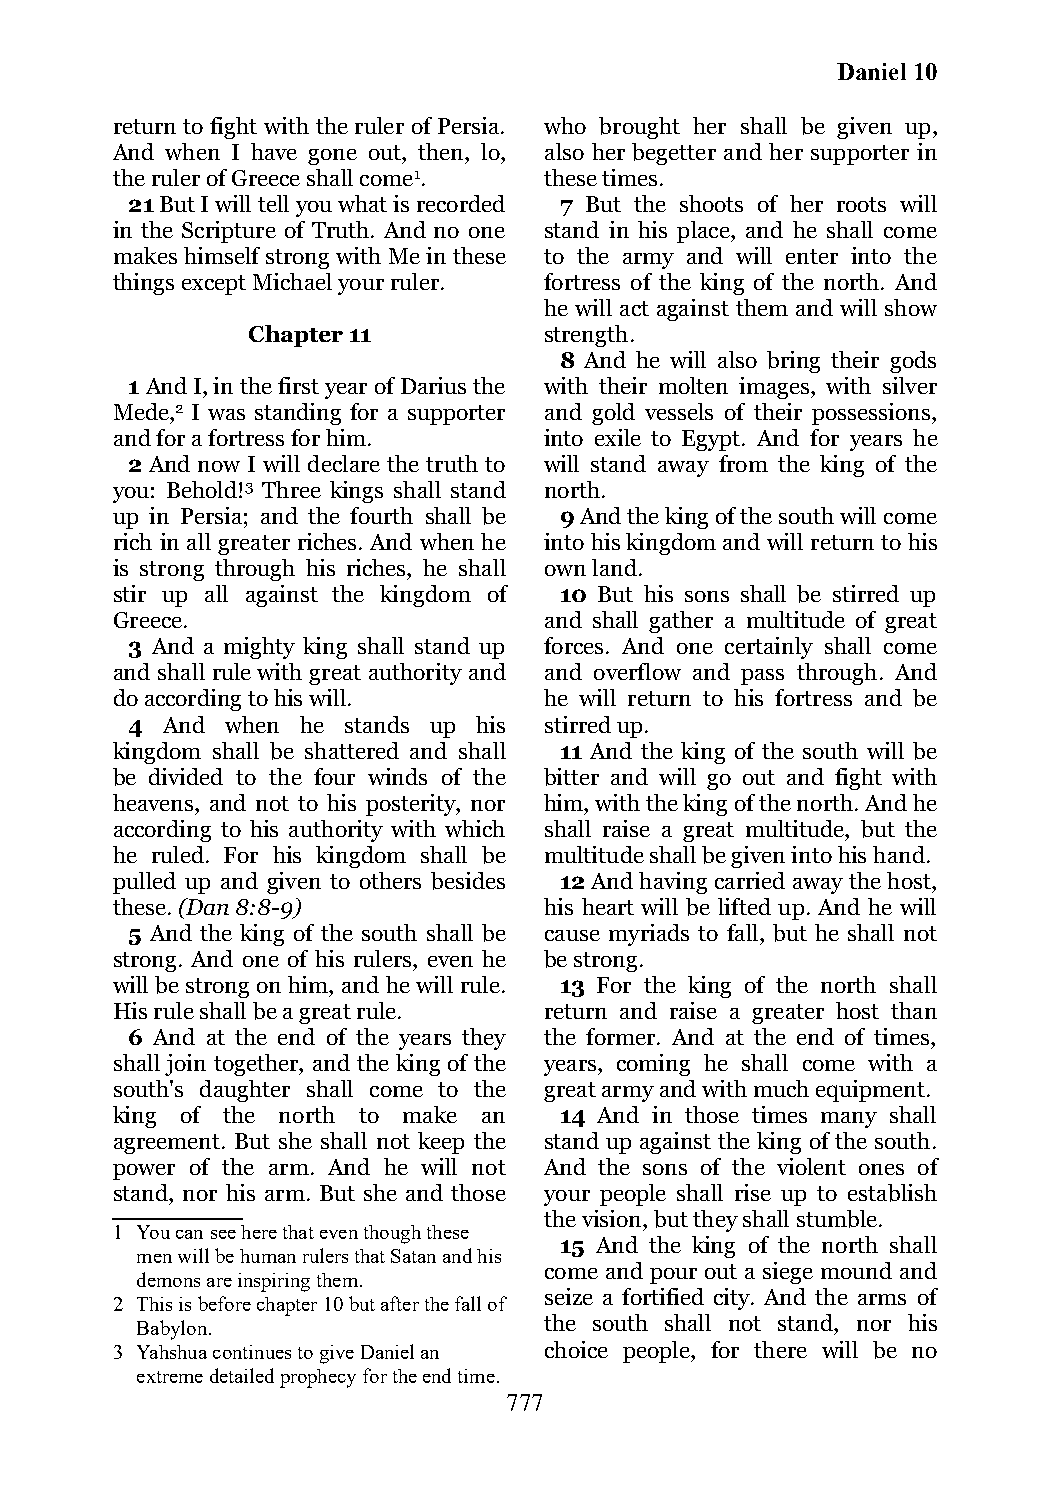
Daniel 10
 return to fight with the ruler of Persia. who brought her shall be given up,
 And when I have gone out, then, lo, also her begetter and her supporter in
 the ruler of Greece shall come1. these times.
 21 But I will tell you what is recorded 7 But the shoots of her roots will
 in the Scripture of Truth. And no one stand in his place, and he shall come
 makes himself strong with Me in these to the army and will enter into the
 things except Michael your ruler. fortress of the king of the north. And
 he will act against them and will show
 Chapter 11          strength.
 8 And he will also bring their gods
 1 And I, in the first year of Darius the with their molten images, with silver
 Mede,2 I was standing for a supporter and gold vessels of their possessions,
 and for a fortress for him.  into exile to Egypt. And for years he
 2 And now I will declare the truth to will stand away from the king of the
 you: Behold!3 Three kings shall stand north.
 up in Persia; and the fourth shall be 9 And the king of the south will come
 rich in all greater riches. And when he into his kingdom and will return to his
 is strong through his riches, he shall own land.
 stir up all against the kingdom of 10 But his sons shall be stirred up
 Greece.                      and shall gather a multitude of great
 3 And a mighty king shall stand up forces. And one certainly shall come
 and shall rule with great authority and and overflow and pass through. And
 do according to his will.    he will return to his fortress and be
 4  And when he stands up his stirred up.
 kingdom shall be shattered and shall 11 And the king of the south will be
 be divided to the four winds of the bitter and will go out and fight with
 heavens, and not to his posterity, nor him, with the king of the north. And he
 according to his authority with which shall raise a great multitude, but the
 he ruled. For his kingdom shall be multitude shall be given into his hand.
 pulled up and given to others besides 12 And having carried away the host,
 these. (Dan 8:8-9)           his heart will be lifted up. And he will
 5 And the king of the south shall be cause myriads to fall, but he shall not
 strong. And one of his rulers, even he be strong.
 will be strong on him, and he will rule. 13 For the king of the north shall
 His rule shall be a great rule. return and raise a greater host than
 6 And at the end of the years they the former. And at the end of times,
 shall join together, and the king of the years, coming he shall come with a
 south's daughter shall come to the great army and with much equipment.
 king of the north to make an  14 And in those times many shall
 agreement. But she shall not keep the stand up against the king of the south.
 power of the arm. And he will not And the sons of the violent ones of
 stand, nor his arm. But she and those your people shall rise up to establish
 the vision, but they shall stumble.
 1 You can see here that even though these
 15 And the king of the north shall
 men will be human rulers that Satan and his
 come and pour out a siege mound and
 demons are inspiring them.
 seize a fortified city. And the arms of
 2 This is before chapter 10 but after the fall of
 Babylon.                   the south shall not stand, nor his
 3 Yahshua continues to give Daniel an choice people, for there will be no
 extreme detailed prophecy for the end time.
 777